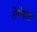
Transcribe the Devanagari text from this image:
तेगेस्ता